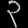
Digit: ၃